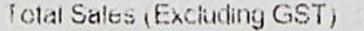
TOTAL SALES (EXCLUDING GST) :